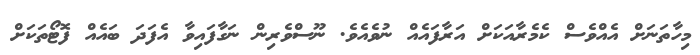
މިހާތަނަށް އެއްވެސް ކެމެރާއަކަށް އަރާފައެއް ނުވެއެވެ. ނޫސްވެރިން ނަގާފައިވާ އެފަދަ ބައެއް ފޮޓޯތަކަށް